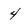
Character: 4